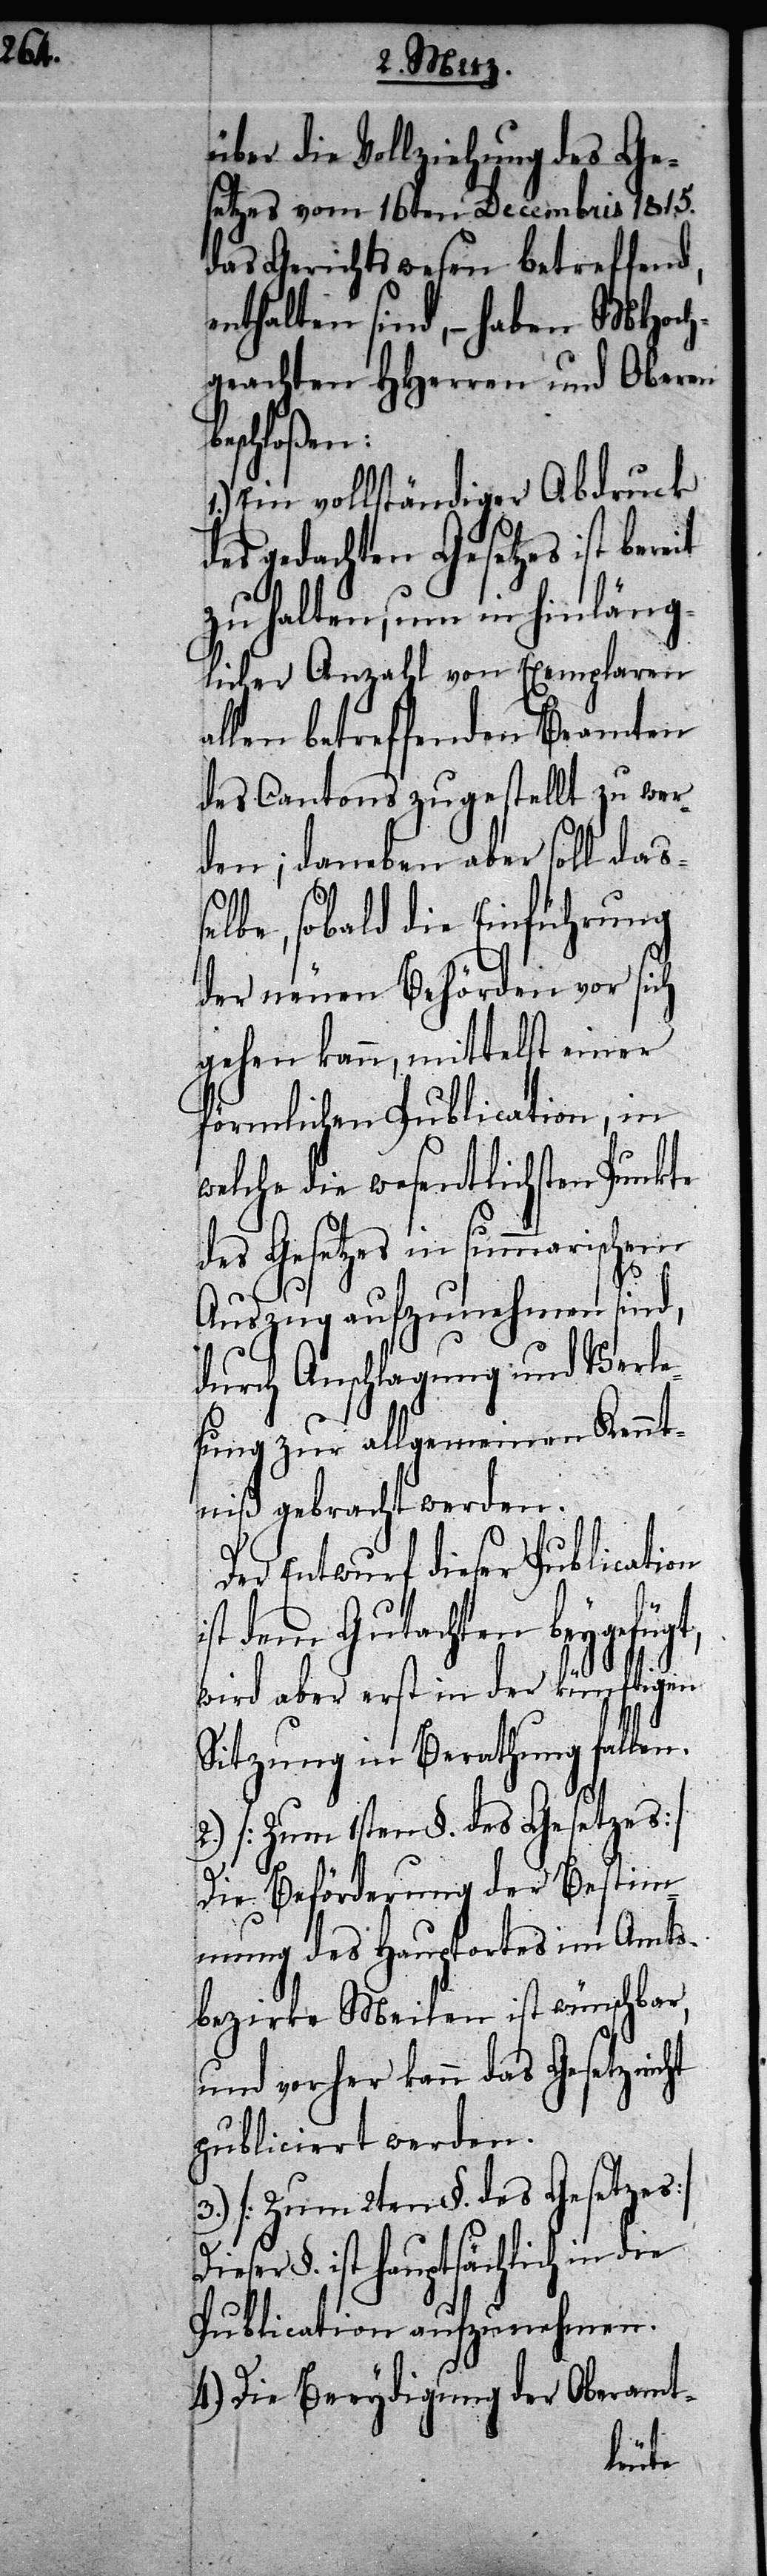
b¬

über die Vollziehung des Ge¬
setzes vom 16ten Decembris 1815.
das Gerichtswesen betreffend,
enthalten sind, – haben MHoch¬
geachten HHerren und Oberen
eschloßen:
Ein vollständiger Abdruck
des gedachten Gesetzes ist bereit
zu halten, um in hinläng¬
licher Anzahl von Exemplaren
allen betreffenden Beamten
des Cantons zugestellt zu wer¬
den; daneben aber soll daß¬
elbe, sobald die Einführung
der neuen Behörden vor sich
gehen kann, mittelst einer
förmlichen Publication, in
welche die wesentlichsten Punkte
ht
des Gesetzes in summarischem
Auszug aufzunehmen sind,
durch Anschlagung und Verle¬
sung zur allgemeinen Kennt¬
niß gebracht werden.
Der Entwurf dieser Publication
ist dem Gutachten beygefüg¬
wird aber erst in der künftigen
Sitzung in Berathung fallen.
3.) [Zum 2ten §. des Gesetzes]
Die Beförderung der Bestim¬
mung des Hauptortes im Amts¬
bezirke Meilen ist wünschbar,
und vorher kann das Gesetz nic¬
publiciert werden.
Dieser §. ist hauptsächlich in die
Publication aufzunehmen.
4.) Die Beeydigung der Oberamt-